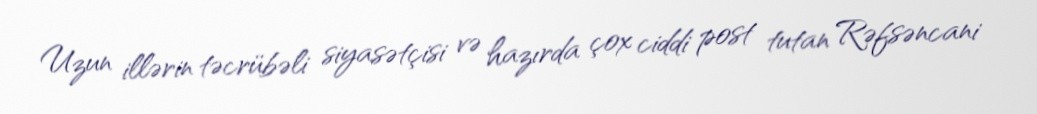
Uzun illərin təcrübəli siyasətçisi və hazırda çox ciddi post tutan Rəfsəncani